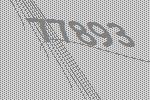
77893